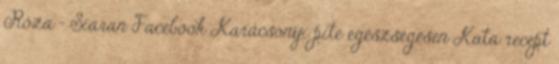
Róza - Siaran Facebook Karácsonyi pite egészségesen Kata recept